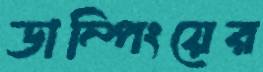
ডাম্পিংয়ের